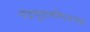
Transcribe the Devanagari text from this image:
चंद्रचूडामणिशतक